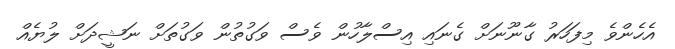
އެހެންވެ މިފަހަރު ގާނޫނަށް ގެނައި އިސްލާހުން ވެސް ވަގުތުން ވަގުތަށް ނަޝީދަށް ލުޔެއް